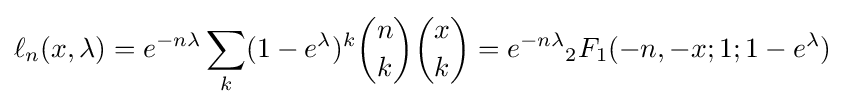
\displaystyle \ell _{n}(x,\lambda )=e^{-n\lambda }\sum _{k}(1-e^{\lambda })^{k}{\binom {n}{k}}{\binom {x}{k}}=e^{-n\lambda }{}_{2}F_{1}(-n,-x;1;1-e^{\lambda })